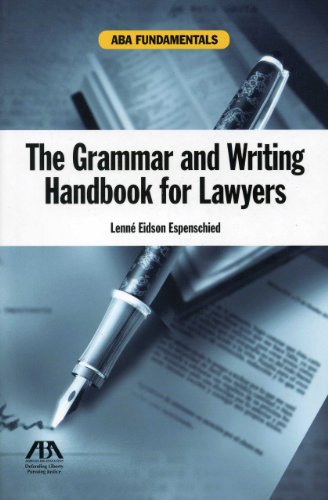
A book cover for The Grammar and Writing Handbook for Lawyers (Aba Fundamentals); Lenne Eidson Espenschied; Law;